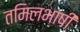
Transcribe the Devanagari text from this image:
तमिलभाषी